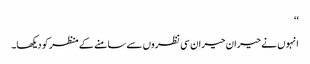
‘‘
انہوں نے حیران حیران سی نظروں سے سامنے کے منظر کو دیکھا۔